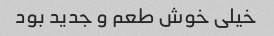
خیلی خوش طعم و جدید بود